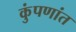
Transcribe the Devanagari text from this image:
कुंपणांत